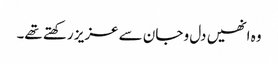
وہ انھیں دل و جان سے عزیز رکھتے تھے۔